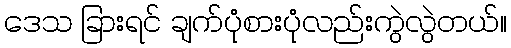
ဒေသ ခြားရင် ချက်ပုံစားပုံလည်းကွဲလွဲတယ်။